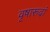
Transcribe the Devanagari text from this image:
वृषारूढ़ां